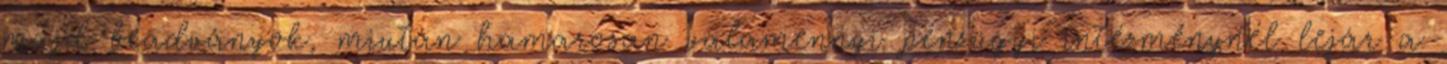
majd beadványok, miután hamarosan valamennyi pénzügyi intézménynél lejár a